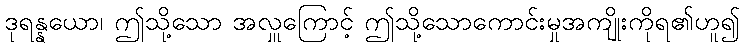
ဒုရန္နယော၊ ဤသို့သော အလှူကြောင့် ဤသို့သောကောင်းမှုအကျိုးကိုရ၏ဟူ၍